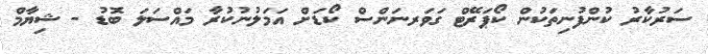
ސަރުކާރު ކުންފުނިތަކުން ކޯޕަރޭޓް ގަވަރނަންސް ކޯޑަށް އަމަލުނުކުރާ މައްސަލަ ބޮޑު - ޝިޔާމް